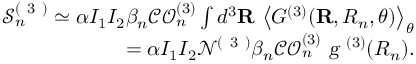
\begin{array} { r } { \mathcal { S } _ { n } ^ { ( \mathrm { ~ 3 ~ } ) } \simeq \alpha I _ { 1 } I _ { 2 } \beta _ { n } \mathcal { C O } _ { n } ^ { ( 3 ) } \int d ^ { 3 } \mathbf { R } \, \left\langle { G ^ { ( 3 ) } } ( \mathbf { R } , R _ { n } , \theta ) \right\rangle _ { \theta } } \\ { = \alpha I _ { 1 } I _ { 2 } \mathcal { N } ^ { ( \mathrm { ~ 3 ~ } ) } \beta _ { n } \mathcal { C O } _ { n } ^ { ( 3 ) } \textsl { g } ^ { ( 3 ) } ( R _ { n } ) . } \end{array}